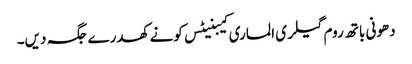
دھونی باتھ روم گیلری الماری کیبنیٹس کونے کھدرے جگہ دیں۔